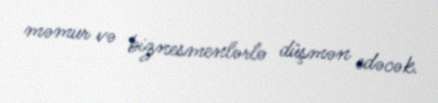
məmur və biznesmenlərlə düşmən edəcək.